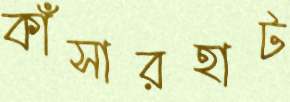
কাঁসারহাট